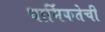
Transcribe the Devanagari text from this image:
धार्मिकतेची